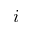
i